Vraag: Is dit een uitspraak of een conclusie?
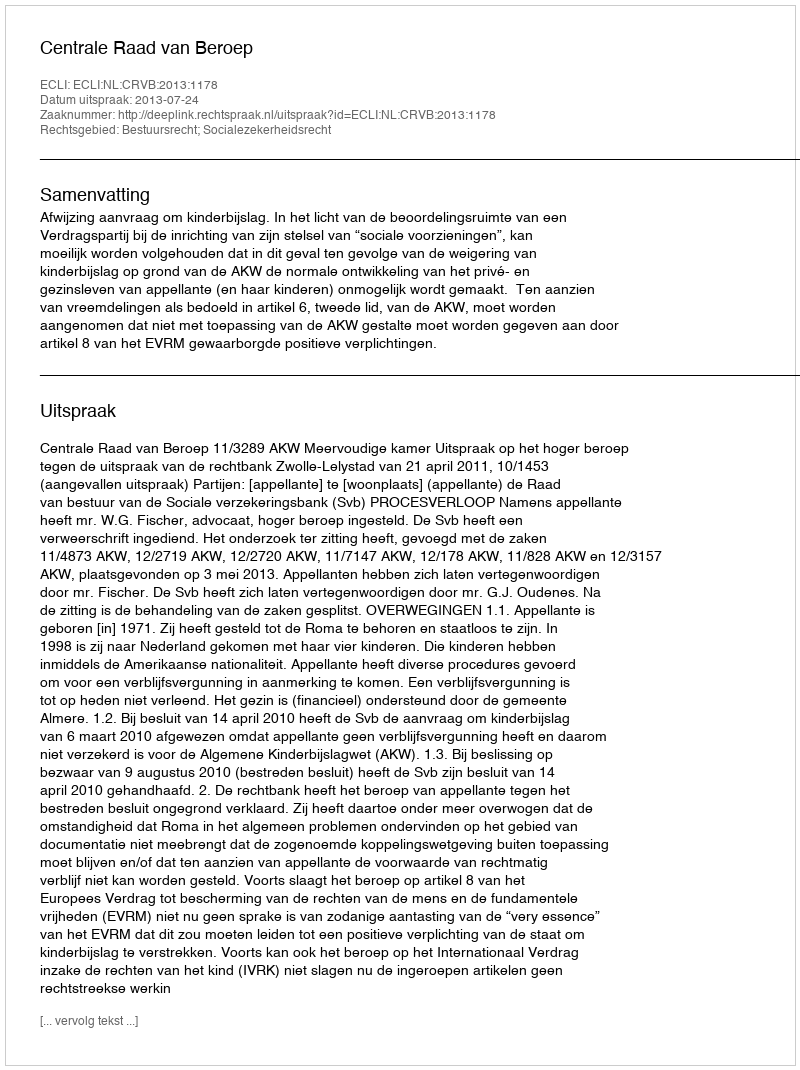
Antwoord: Uitspraak